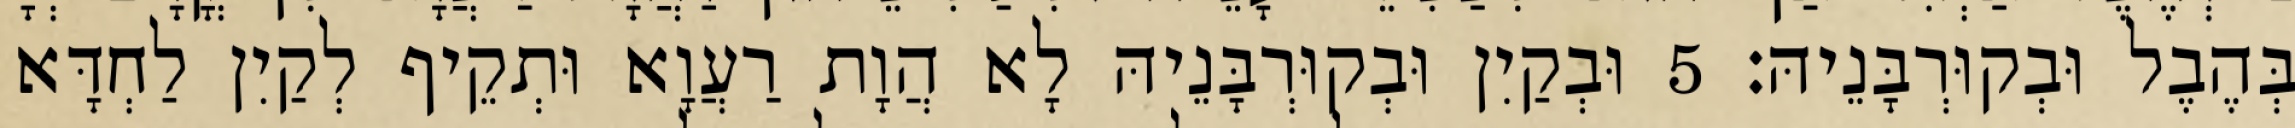
בְּהֶבֶל וּבְקוּרְבָּנֵיהּ׃ 5 וּבְקַיִן וּבְקוּרְבָּנֵיהּ לָא הֲוָת רַעֲוָא וּתְקֵיף לְקַיִן לַחְדָּא